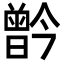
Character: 𪱗